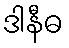
ဒါနီဓ